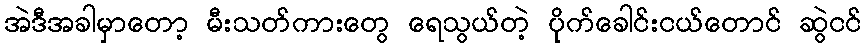
အဲဒီအခါမှာတော့ မီးသတ်ကားတွေ ရေသွယ်တဲ့ ပိုက်ခေါင်းငယ်တောင် ဆွဲငင်